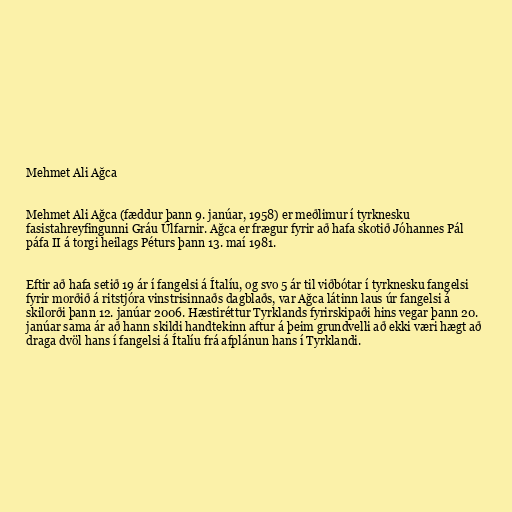
Mehmet Ali Ağca

Mehmet Ali Ağca (fæddur þann 9. janúar, 1958) er meðlimur í tyrknesku
fasistahreyfingunni Gráu Úlfarnir. Ağca er frægur fyrir að hafa skotið Jóhannes Pál
páfa II á torgi heilags Péturs þann 13. maí 1981.

Eftir að hafa setið 19 ár í fangelsi á Ítalíu, og svo 5 ár til viðbótar í tyrknesku fangelsi
fyrir morðið á ritstjóra vinstrisinnaðs dagblaðs, var Ağca látinn laus úr fangelsi á
skilorði þann 12. janúar 2006. Hæstiréttur Tyrklands fyrirskipaði hins vegar þann 20.
janúar sama ár að hann skildi handtekinn aftur á þeim grundvelli að ekki væri hægt að
draga dvöl hans í fangelsi á Ítalíu frá afplánun hans í Tyrklandi.